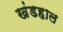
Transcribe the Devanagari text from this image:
खंडहाल